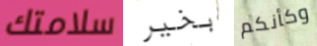
سلامتك بخير وكأنكم